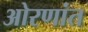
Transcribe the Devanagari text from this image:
ओरणांत